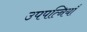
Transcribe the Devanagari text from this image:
उपपत्नियाँ